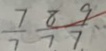
\frac { 7 } { 7 } \frac { 8 } { 7 } \frac { 9 } { 7 }